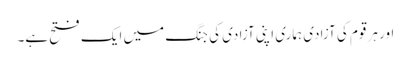
اور ہر قوم کی آزادی ہماری اپنی آزادی کی جنگ میں ایک فتح ہے۔